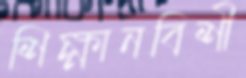
শিক্ষানবিশী